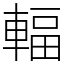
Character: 輻